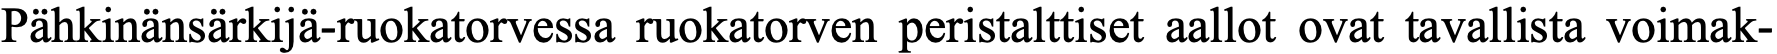
Pähkinänsärkijä-ruokatorvessa ruokatorven peristalttiset aallot ovat tavallista voimak-